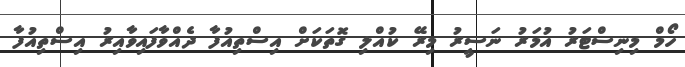
ހޯމް މިނިސްޓަރު އުމަރު ނަސީރު މިރޭ ކުއްލި ގޮތަކަށް އިސްތިއުފާ ދެއްވާފައިވާއިރު އިސްތިއުފާ